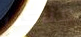
عناكب